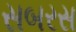
સબરસ